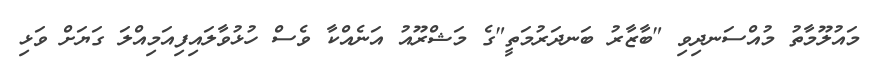
މައުލޫމާތު މުއްސަނދިވި "ބާޒާރު ބަނދަރުމަތީ"ގެ މަޝްރޫއު އަނެއްކާ ވެސް ހުޅުވާލައިފިއަމިއްލަ ގަޔަށް ވަޅި